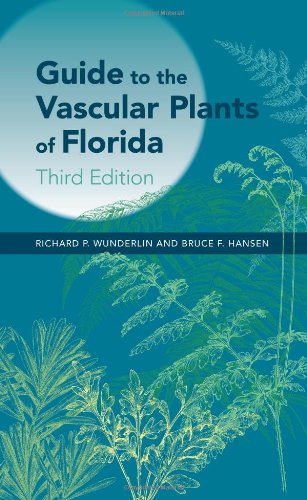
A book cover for Guide to the Vascular Plants of Florida, 3rd Edition; Richard P. Wunderlin; Science & Math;